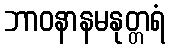
ဘာဝနာနမနုတ္တရံ